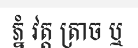
ភ្នំ វត្ត ត្រាច ឬ